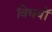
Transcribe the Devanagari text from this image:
विधयों